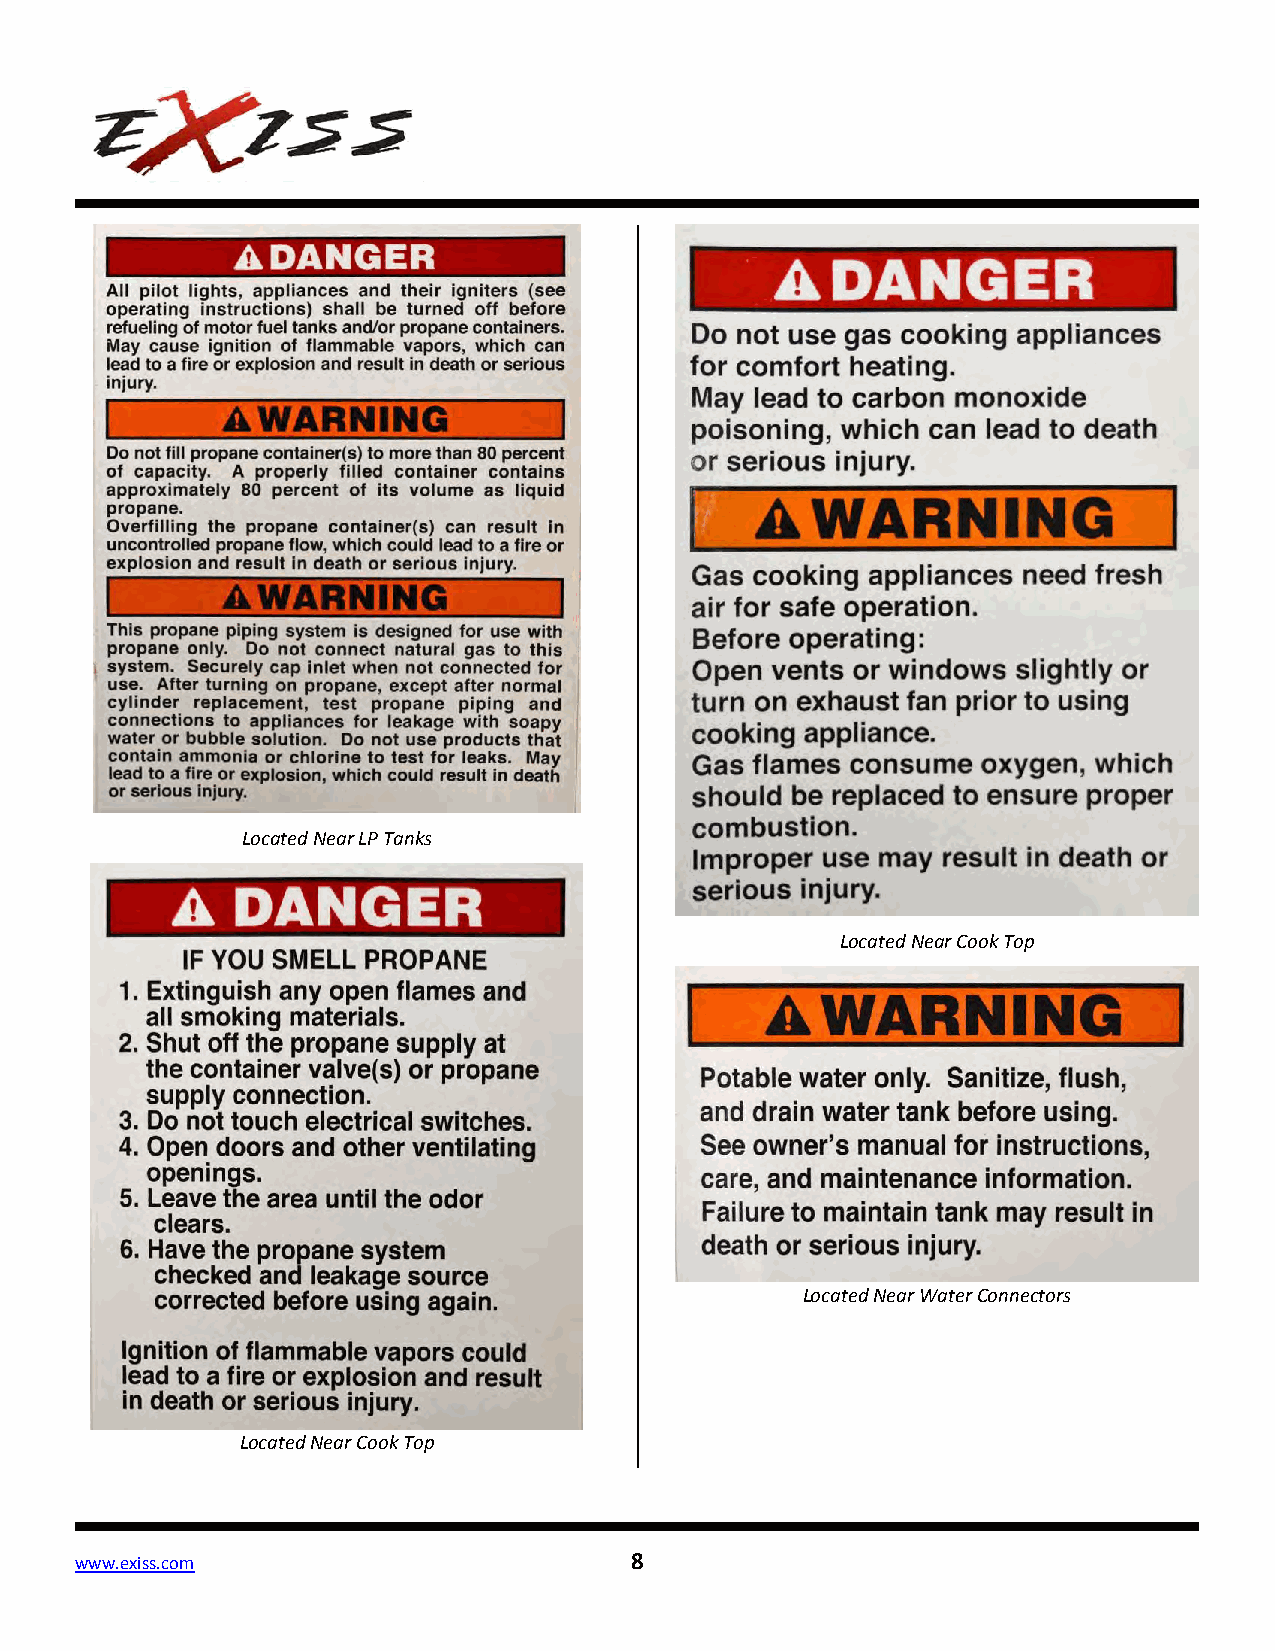
Located Near LP Tanks
 Located Near Cook Top
 Located Near Water Connectors
 Located Near Cook Top
 www.exiss.com                        8